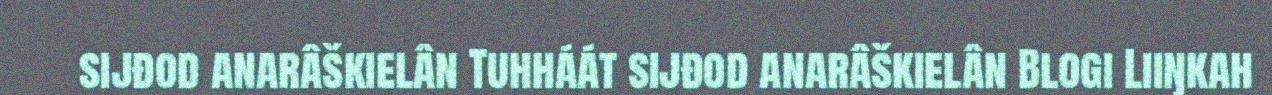
sijđod anarâškielân Tuhháát sijđod anarâškielân Blogi Liiŋkah